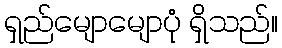
ရှည်မျောမျောပုံ ရှိသည်။